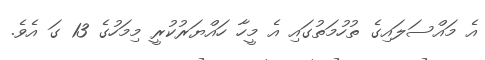
އެ މައްސަލައިގެ ތުހުމަތުގައި އެ މީހާ ހައްޔަރުކުރީ މިމަހުގެ 13 ގަ އެވެ.